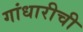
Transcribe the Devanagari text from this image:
गांधारीची